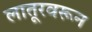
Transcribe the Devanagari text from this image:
लातूरवरून